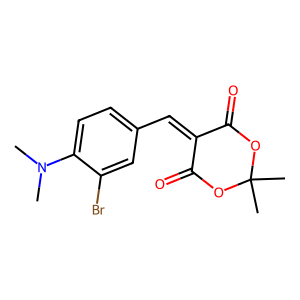
SMILES: CN(C)c1ccc(C=C2C(=O)OC(C)(C)OC2=O)cc1Br
Inhibits HIV replication: No